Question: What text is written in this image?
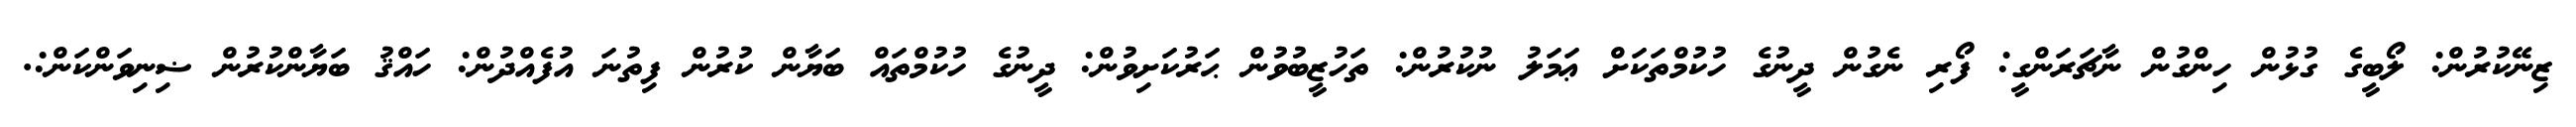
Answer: ޒިނޭކުރުން: ލޯބީގެ ގުޅުން ހިންގުން ނާޗަރަންގީ: ފޯރި ނެގުން ދީނުގެ ހުކުމްތަކަށް ޢަމަލު ނުކުރުން: ތަހުޒީބުވުން ޙަރުކަށިވުން: ދީނުގެ ހުކުމްތައް ބަޔާން ކުރުން ފިތުނަ އުފެއްދުން: ހައްޤު ބަޔާންކުރުން ޟިނިވަންކަން:.